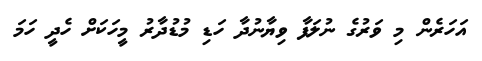
އަހަރެން މި ވަރުގެ ނުލަފާ ވިޔާނުދާ ހަޑި މުޑުދާރު މީހަކަށް ހެދީ ހަމަ